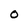
Character: 0